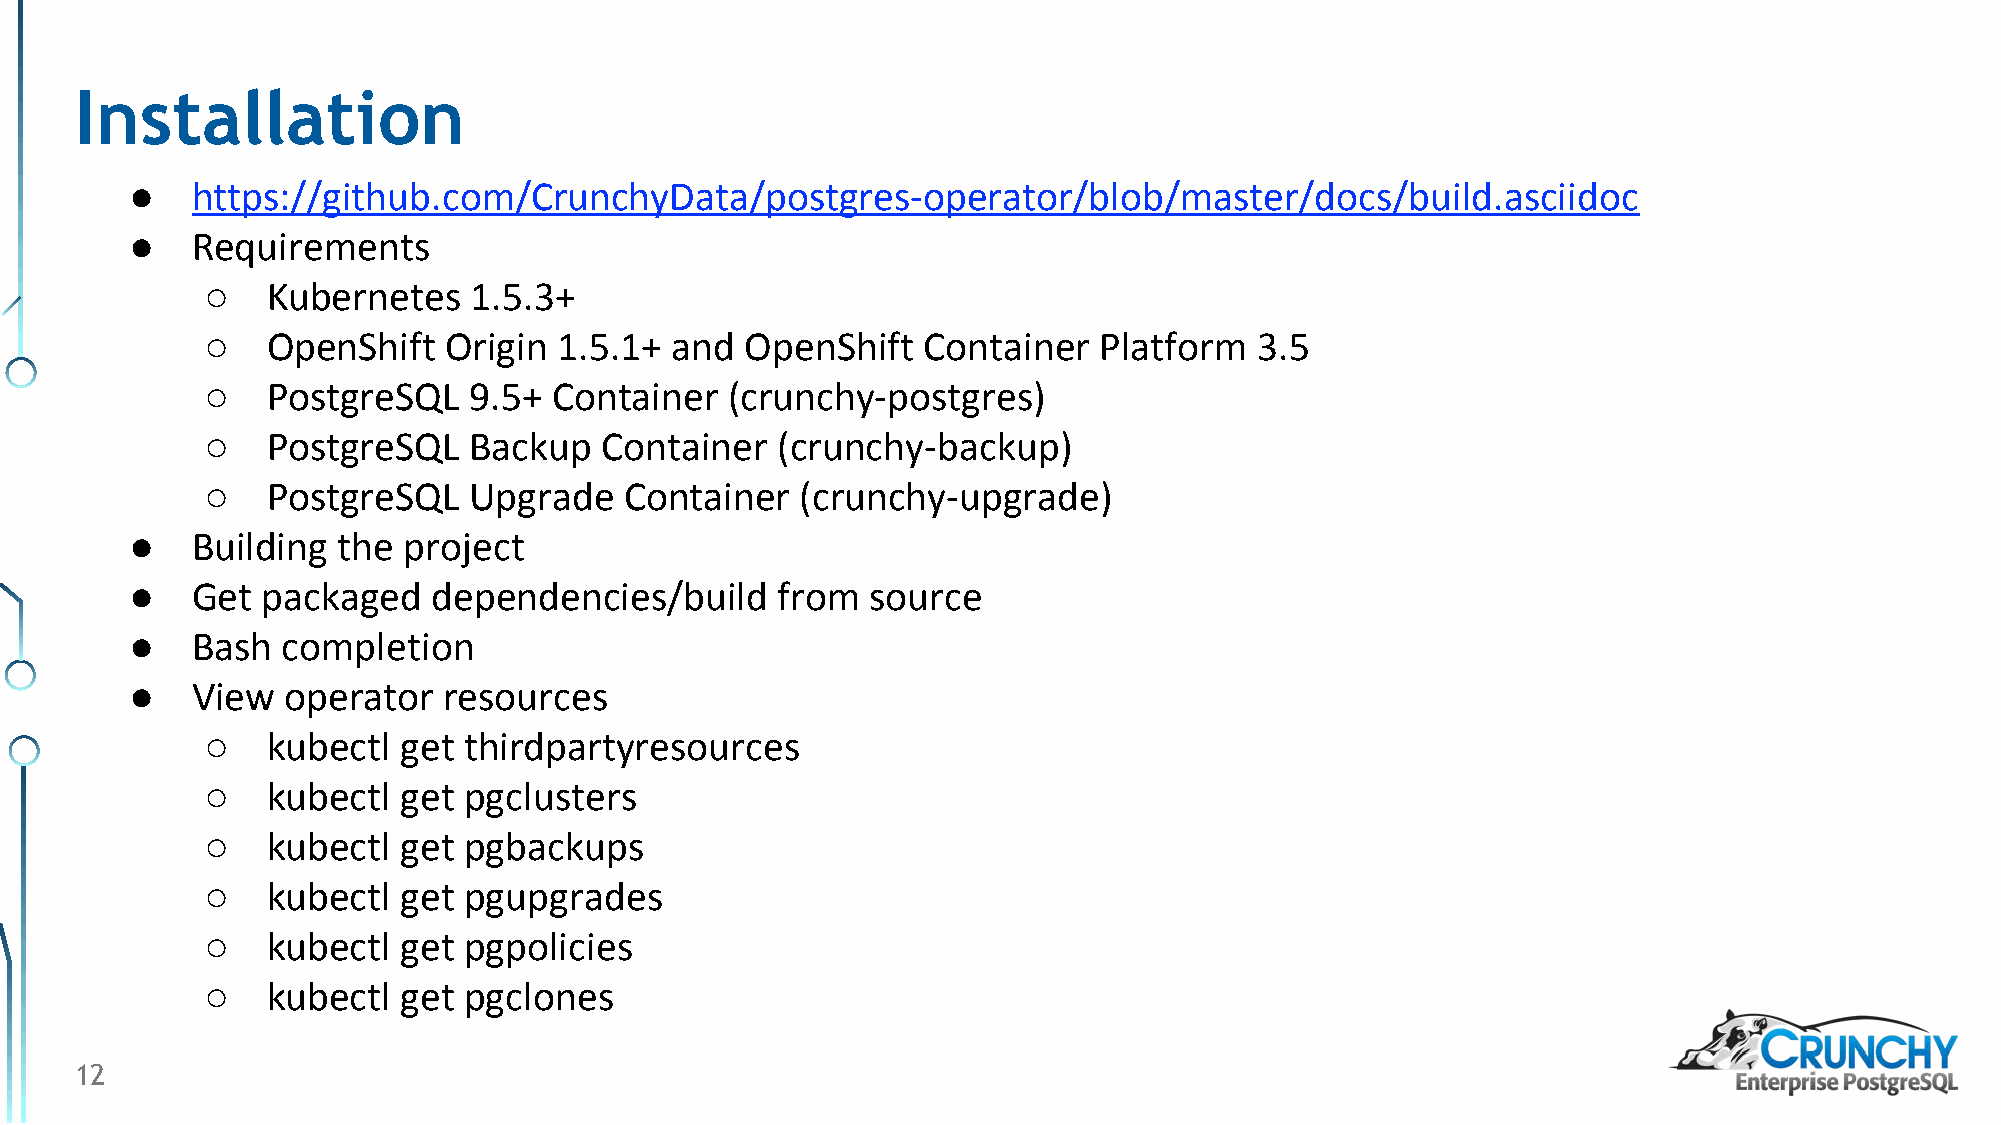
Installation
 ●   https://github.com/CrunchyData/postgres-operator/blob/master/docs/build.asciidoc
 ●   Requirements
 ○   Kubernetes   1.5.3+
 ○   OpenShift  Origin  1.5.1+ and  OpenShift   Container   Platform  3.5
 ○   PostgreSQL   9.5+  Container  (crunchy-postgres)
 ○   PostgreSQL   Backup   Container  (crunchy-backup)
 ○   PostgreSQL   Upgrade   Container   (crunchy-upgrade)
 ●   Building the  project
 ●   Get packaged    dependencies/build     from  source
 ●   Bash  completion
 ●   View  operator  resources
 ○   kubectl  get thirdpartyresources
 ○   kubectl  get pgclusters
 ○   kubectl  get pgbackups
 ○   kubectl  get pgupgrades
 ○   kubectl  get pgpolicies
 ○   kubectl  get pgclones
 12